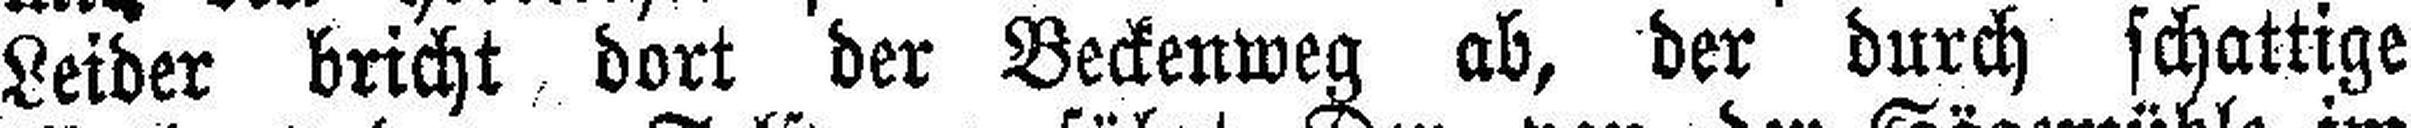
Leider bricht dort der Beckenweg ab, der durch schattige